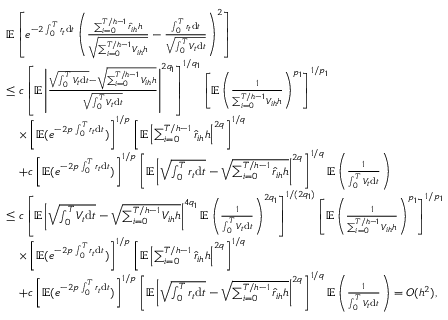
\begin{array} { r l } & { \mathbb { E } \left[ e ^ { - 2 \int _ { 0 } ^ { T } r _ { t } \mathrm { d } t } \left( \frac { \sum _ { i = 0 } ^ { T / h - 1 } \hat { r } _ { i h } h } { \sqrt { \sum _ { i = 0 } ^ { T / h - 1 } V _ { i h } h } } - \frac { \int _ { 0 } ^ { T } r _ { t } \mathrm { d } t } { \sqrt { \int _ { 0 } ^ { T } V _ { t } \mathrm { d } t } } \right) ^ { 2 } \right] } \\ & { \leq c \left[ \mathbb { E } \left| \frac { \sqrt { \int _ { 0 } ^ { T } V _ { t } \mathrm { d } t } - \sqrt { \sum _ { i = 0 } ^ { T / h - 1 } V _ { i h } h } } { \sqrt { \int _ { 0 } ^ { T } V _ { t } \mathrm { d } t } } \right| ^ { 2 q _ { 1 } } \right] ^ { 1 / q _ { 1 } } \left[ \mathbb { E } \left( \frac { 1 } { \sum _ { i = 0 } ^ { T / h - 1 } V _ { i h } h } \right) ^ { p _ { 1 } } \right] ^ { 1 / p _ { 1 } } } \\ & { \quad \times \left[ \mathbb { E } ( e ^ { - 2 p \int _ { 0 } ^ { T } r _ { t } \mathrm { d } t } ) \right] ^ { 1 / p } \left[ \mathbb { E } \left| \sum _ { i = 0 } ^ { T / h - 1 } \hat { r } _ { i h } h \right| ^ { 2 q } \right] ^ { 1 / q } } \\ & { \quad + c \left[ \mathbb { E } ( e ^ { - 2 p \int _ { 0 } ^ { T } r _ { t } \mathrm { d } t } ) \right] ^ { 1 / p } \left[ \mathbb { E } \left| \sqrt { \int _ { 0 } ^ { T } r _ { t } \mathrm { d } t } - \sqrt { \sum _ { i = 0 } ^ { T / h - 1 } \hat { r } _ { i h } h } \right| ^ { 2 q } \right] ^ { 1 / q } \mathbb { E } \left( \frac { 1 } { \int _ { 0 } ^ { T } V _ { t } \mathrm { d } t } \right) } \\ & { \leq c \left[ \mathbb { E } \left| \sqrt { \int _ { 0 } ^ { T } V _ { t } \mathrm { d } t } - \sqrt { \sum _ { i = 0 } ^ { T / h - 1 } V _ { i h } h } \right| ^ { 4 q _ { 1 } } \mathbb { E } \left( \frac { 1 } { \int _ { 0 } ^ { T } V _ { t } \mathrm { d } t } \right) ^ { 2 q _ { 1 } } \right] ^ { 1 / ( 2 q _ { 1 } ) } \left[ \mathbb { E } \left( \frac { 1 } { \sum _ { i = 0 } ^ { T / h - 1 } V _ { i h } h } \right) ^ { p _ { 1 } } \right] ^ { 1 / p _ { 1 } } } \\ & { \quad \times \left[ \mathbb { E } ( e ^ { - 2 p \int _ { 0 } ^ { T } r _ { t } \mathrm { d } t } ) \right] ^ { 1 / p } \left[ \mathbb { E } \left| \sum _ { i = 0 } ^ { T / h - 1 } \hat { r } _ { i h } h \right| ^ { 2 q } \right] ^ { 1 / q } } \\ & { \quad + c \left[ \mathbb { E } ( e ^ { - 2 p \int _ { 0 } ^ { T } r _ { t } \mathrm { d } t } ) \right] ^ { 1 / p } \left[ \mathbb { E } \left| \sqrt { \int _ { 0 } ^ { T } r _ { t } \mathrm { d } t } - \sqrt { \sum _ { i = 0 } ^ { T / h - 1 } \hat { r } _ { i h } h } \right| ^ { 2 q } \right] ^ { 1 / q } \mathbb { E } \left( \frac { 1 } { \int _ { 0 } ^ { T } V _ { t } \mathrm { d } t } \right) = O ( h ^ { 2 } ) , } \end{array}